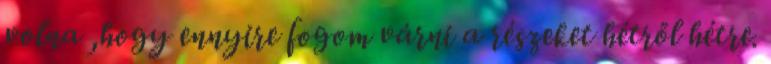
volna ,hogy ennyire fogom várni a részeket hétről hétre.